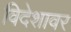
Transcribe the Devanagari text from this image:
विदेशावर